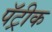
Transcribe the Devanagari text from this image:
पॅट्रीक